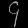
Digit: ၄